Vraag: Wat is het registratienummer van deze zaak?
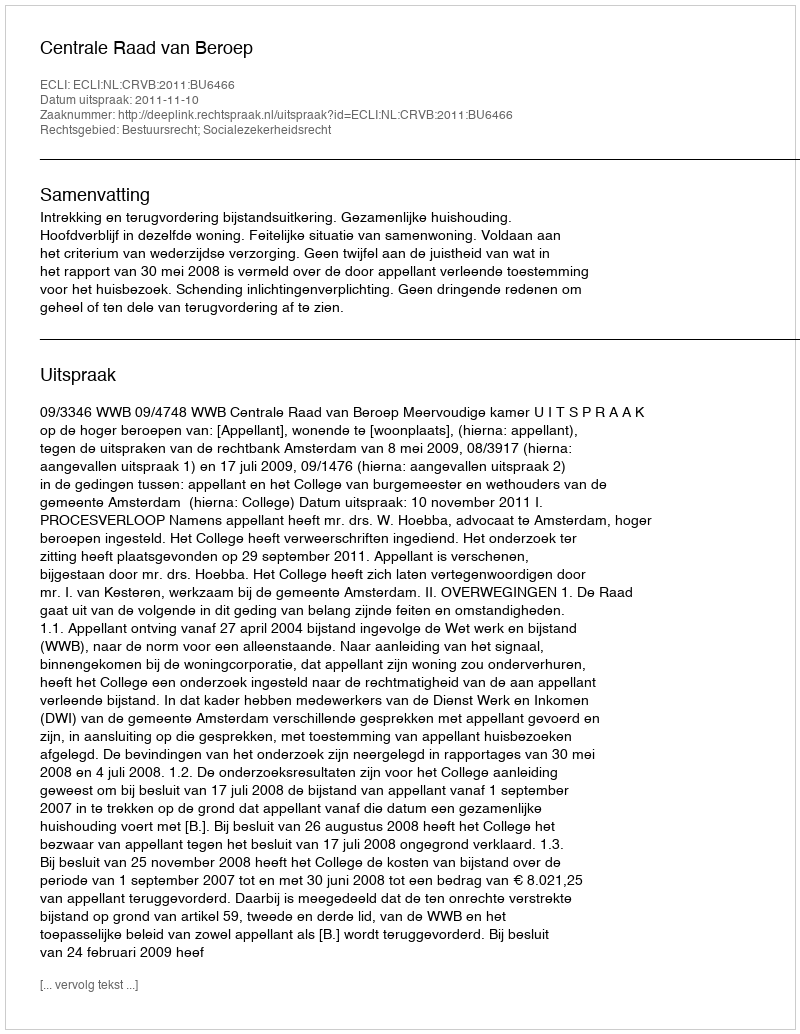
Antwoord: http://deeplink.rechtspraak.nl/uitspraak?id=ECLI:NL:CRVB:2011:BU6466